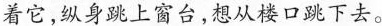
着它，纵身跳上窗台，想从楼口跳下去。